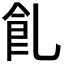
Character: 𩚂